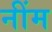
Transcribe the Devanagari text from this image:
नींम